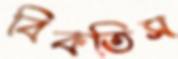
বিকতিস